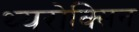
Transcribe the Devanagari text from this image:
थ्यरोक्सिन